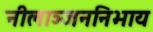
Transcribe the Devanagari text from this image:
नीलाञ्जननिभाय